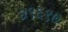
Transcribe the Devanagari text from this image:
४९६९७